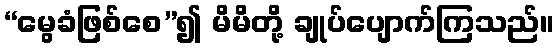
“မွေခံဖြစ်စေ”၍ မိမိတို့ ချုပ်ပျောက်ကြသည်။